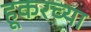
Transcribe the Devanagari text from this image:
हूकरच्या